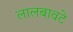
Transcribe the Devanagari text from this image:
लालबावटे